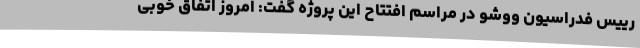
رییس فدراسیون ووشو در مراسم افتتاح این پروژه گفت: امروز اتفاق خوبی